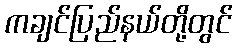
ကချင်ပြည်နယ်တို့တွင်